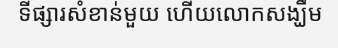
ទីផ្សារសំខាន់មួយ ហើយលោកសង្ឃឹម